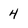
Character: 4